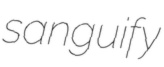
sanguify